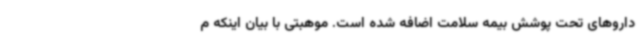
داروهای تحت پوشش بیمه سلامت اضافه شده است. موهبتی با بیان اینکه م